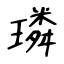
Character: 璘